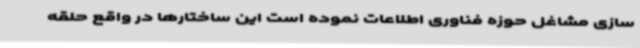
سازی مشاغل حوزه فناوری اطلاعات نموده است این ساختارها در واقع حلقه